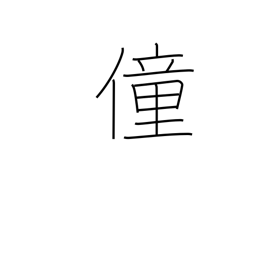
Meaning: foolishness